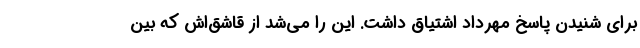
برای شنیدن پاسخ مهرداد اشتیاق داشت. این را می­شد از قاشق­اش که بین